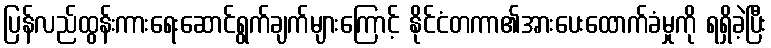
ပြန်လည်ထွန်းကားရေးဆောင်ရွက်ချက်များကြောင့် နိုင်ငံတကာ၏အားပေးထောက်ခံမှုကို ရရှိခဲ့ပြီး